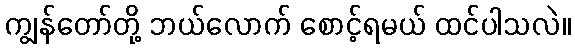
ကျွန်တော်တို့ ဘယ်လောက် စောင့်ရမယ် ထင်ပါသလဲ။